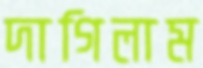
দাগিলাম